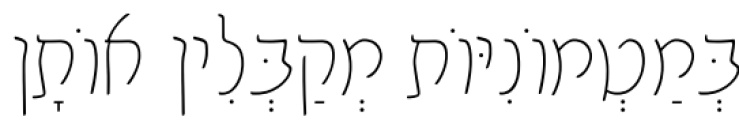
בְּמַטְמוֹנִיּוֹת מְקַבְּלִין אוֹתָן